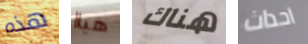
هذه هياا هناك احداث